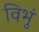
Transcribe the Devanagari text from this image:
विभुं